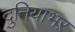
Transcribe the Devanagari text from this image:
दुनियाभऱ